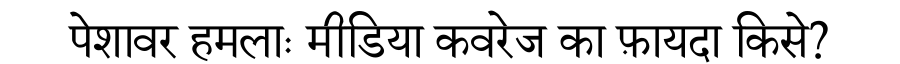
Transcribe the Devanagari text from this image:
पेशावर हमलाः मीडिया कवरेज का फ़ायदा किसे?